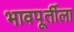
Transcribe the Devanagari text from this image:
भावपूर्तीला